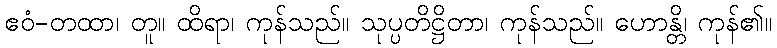
ဧဝံ-တထာ၊ တူ။ ထိရာ၊ ကုန်သည်။ သုပ္ပတိဋ္ဌိတာ၊ ကုန်သည်။ ဟောန္တိ၊ ကုန်၏။